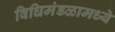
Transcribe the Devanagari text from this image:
विधिमंडळामध्‍ये